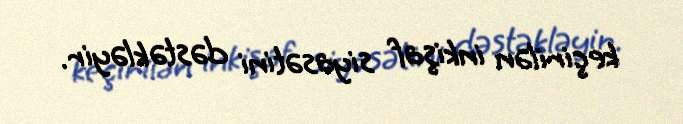
keçirilən inkişaf siyasətini dəstəkləyir.